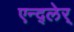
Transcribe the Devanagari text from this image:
एन्द्लेर्